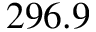
2 9 6 . 9